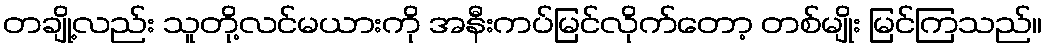
တချို့လည်း သူတို့လင်မယားကို အနီးကပ်မြင်လိုက်တော့ တစ်မျိုး မြင်ကြသည်။